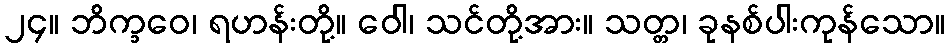
၂၄။ ဘိက္ခဝေ၊ ရဟန်းတို့။ ဝေါ၊ သင်တို့အား။ သတ္တ၊ ခုနစ်ပါးကုန်သော။